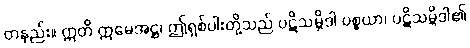
တနည်း။ ဣတိ ဣမေအဋ္ဌ၊ ဤရှစ်ပါးတို့သည် ပဋိသမ္ဘိဒါ ပစ္စယာ၊ ပဋိသမ္ဘိဒါ၏